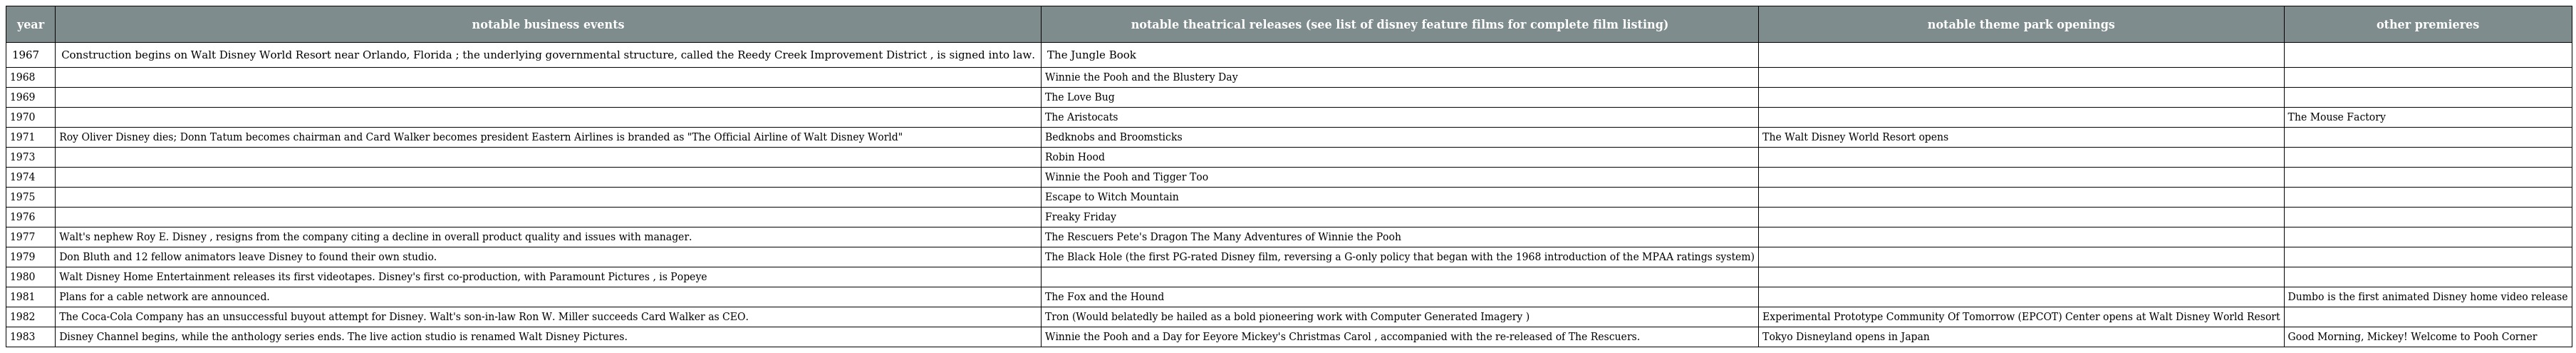
| year | notable business events | notable theatrical releases (see list of disney feature films for complete film listing) | notable theme park openings | other premieres |
 | --- | --- | --- | --- | --- |
 | 1967 | Construction begins on Walt Disney World Resort near Orlando, Florida ; the underlying governmental structure, called the Reedy Creek Improvement District , is signed into law. | The Jungle Book |  |  |
 | 1968 |  | Winnie the Pooh and the Blustery Day |  |  |
 | 1969 |  | The Love Bug |  |  |
 | 1970 |  | The Aristocats |  | The Mouse Factory |
 | 1971 | Roy Oliver Disney dies; Donn Tatum becomes chairman and Card Walker becomes president Eastern Airlines is branded as "The Official Airline of Walt Disney World" | Bedknobs and Broomsticks | The Walt Disney World Resort opens |  |
 | 1973 |  | Robin Hood |  |  |
 | 1974 |  | Winnie the Pooh and Tigger Too |  |  |
 | 1975 |  | Escape to Witch Mountain |  |  |
 | 1976 |  | Freaky Friday |  |  |
 | 1977 | Walt's nephew Roy E. Disney , resigns from the company citing a decline in overall product quality and issues with manager. | The Rescuers Pete's Dragon The Many Adventures of Winnie the Pooh |  |  |
 | 1979 | Don Bluth and 12 fellow animators leave Disney to found their own studio. | The Black Hole (the first PG-rated Disney film, reversing a G-only policy that began with the 1968 introduction of the MPAA ratings system) |  |  |
 | 1980 | Walt Disney Home Entertainment releases its first videotapes. Disney's first co-production, with Paramount Pictures , is Popeye |  |  |  |
 | 1981 | Plans for a cable network are announced. | The Fox and the Hound |  | Dumbo is the first animated Disney home video release |
 | 1982 | The Coca-Cola Company has an unsuccessful buyout attempt for Disney. Walt's son-in-law Ron W. Miller succeeds Card Walker as CEO. | Tron (Would belatedly be hailed as a bold pioneering work with Computer Generated Imagery ) | Experimental Prototype Community Of Tomorrow (EPCOT) Center opens at Walt Disney World Resort |  |
 | 1983 | Disney Channel begins, while the anthology series ends. The live action studio is renamed Walt Disney Pictures. | Winnie the Pooh and a Day for Eeyore Mickey's Christmas Carol , accompanied with the re-released of The Rescuers. | Tokyo Disneyland opens in Japan | Good Morning, Mickey! Welcome to Pooh Corner |